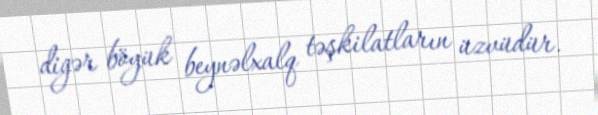
digər böyük beynəlxalq təşkilatların üzvüdür.